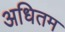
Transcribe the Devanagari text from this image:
अधितम